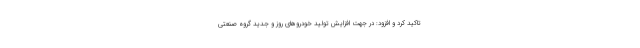
تاکید کرد و افزود: در جهت افزایش تولید خودروهای روز و جدید گروه صنعتی